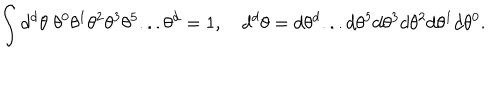
\int d ^ { d } \theta \; \theta ^ { 0 } \theta ^ { 1 } \theta ^ { 2 } \theta ^ { 3 } \theta ^ { 5 } . . . \theta ^ { d } = 1 , \quad d ^ { d } \theta = d \theta ^ { d } . . . d \theta ^ { 5 } d \theta ^ { 3 } d \theta ^ { 2 } d \theta ^ { 1 } d \theta ^ { 0 } .